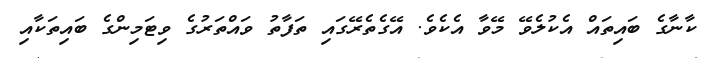
ކާނާގެ ބައިތައް އެކުލެވޭ މޭވާ އެކެވެ. އޭގެތެރޭގައި ތަފާތު ވައްތަރުގެ ވިޓަމިންގެ ބައިތަކާއި